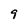
Character: 9